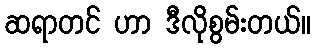
ဆရာတင် ဟာ ဒီလိုစွမ်းတယ်။